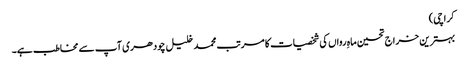
کراچی)
بہترین خراج تحسین ماہِ رواں کی شخصیات کا مرتب محمد خلیل چودھری آپ سے مخاطب ہے۔